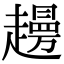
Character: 𧾈